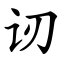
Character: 讱